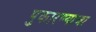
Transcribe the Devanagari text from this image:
पुकारण्याचा